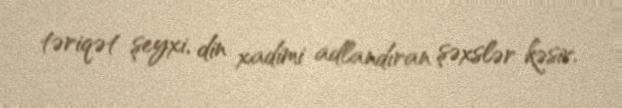
təriqət şeyxi, din xadimi adlandıran şəxslər kəsir.